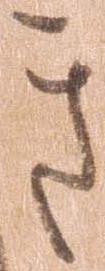
き